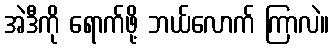
အဲဒီကို ရောက်ဖို့ ဘယ်လောက် ကြာလဲ။